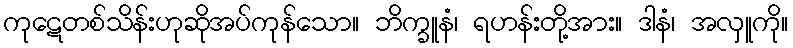
ကုဋေတစ်သိန်းဟုဆိုအပ်ကုန်သော။ ဘိက္ခူနံ၊ ရဟန်းတို့အား။ ဒါနံ၊ အလှူကို။